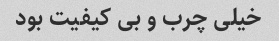
خیلى چرب و بى کیفیت بود